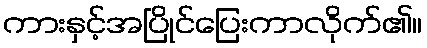
ကားနှင့်အပြိုင်ပြေးကာလိုက်၏။